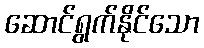
ဆောင်ရွက်နိုင်သော